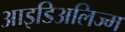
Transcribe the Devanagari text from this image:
आइडिअलिज्म